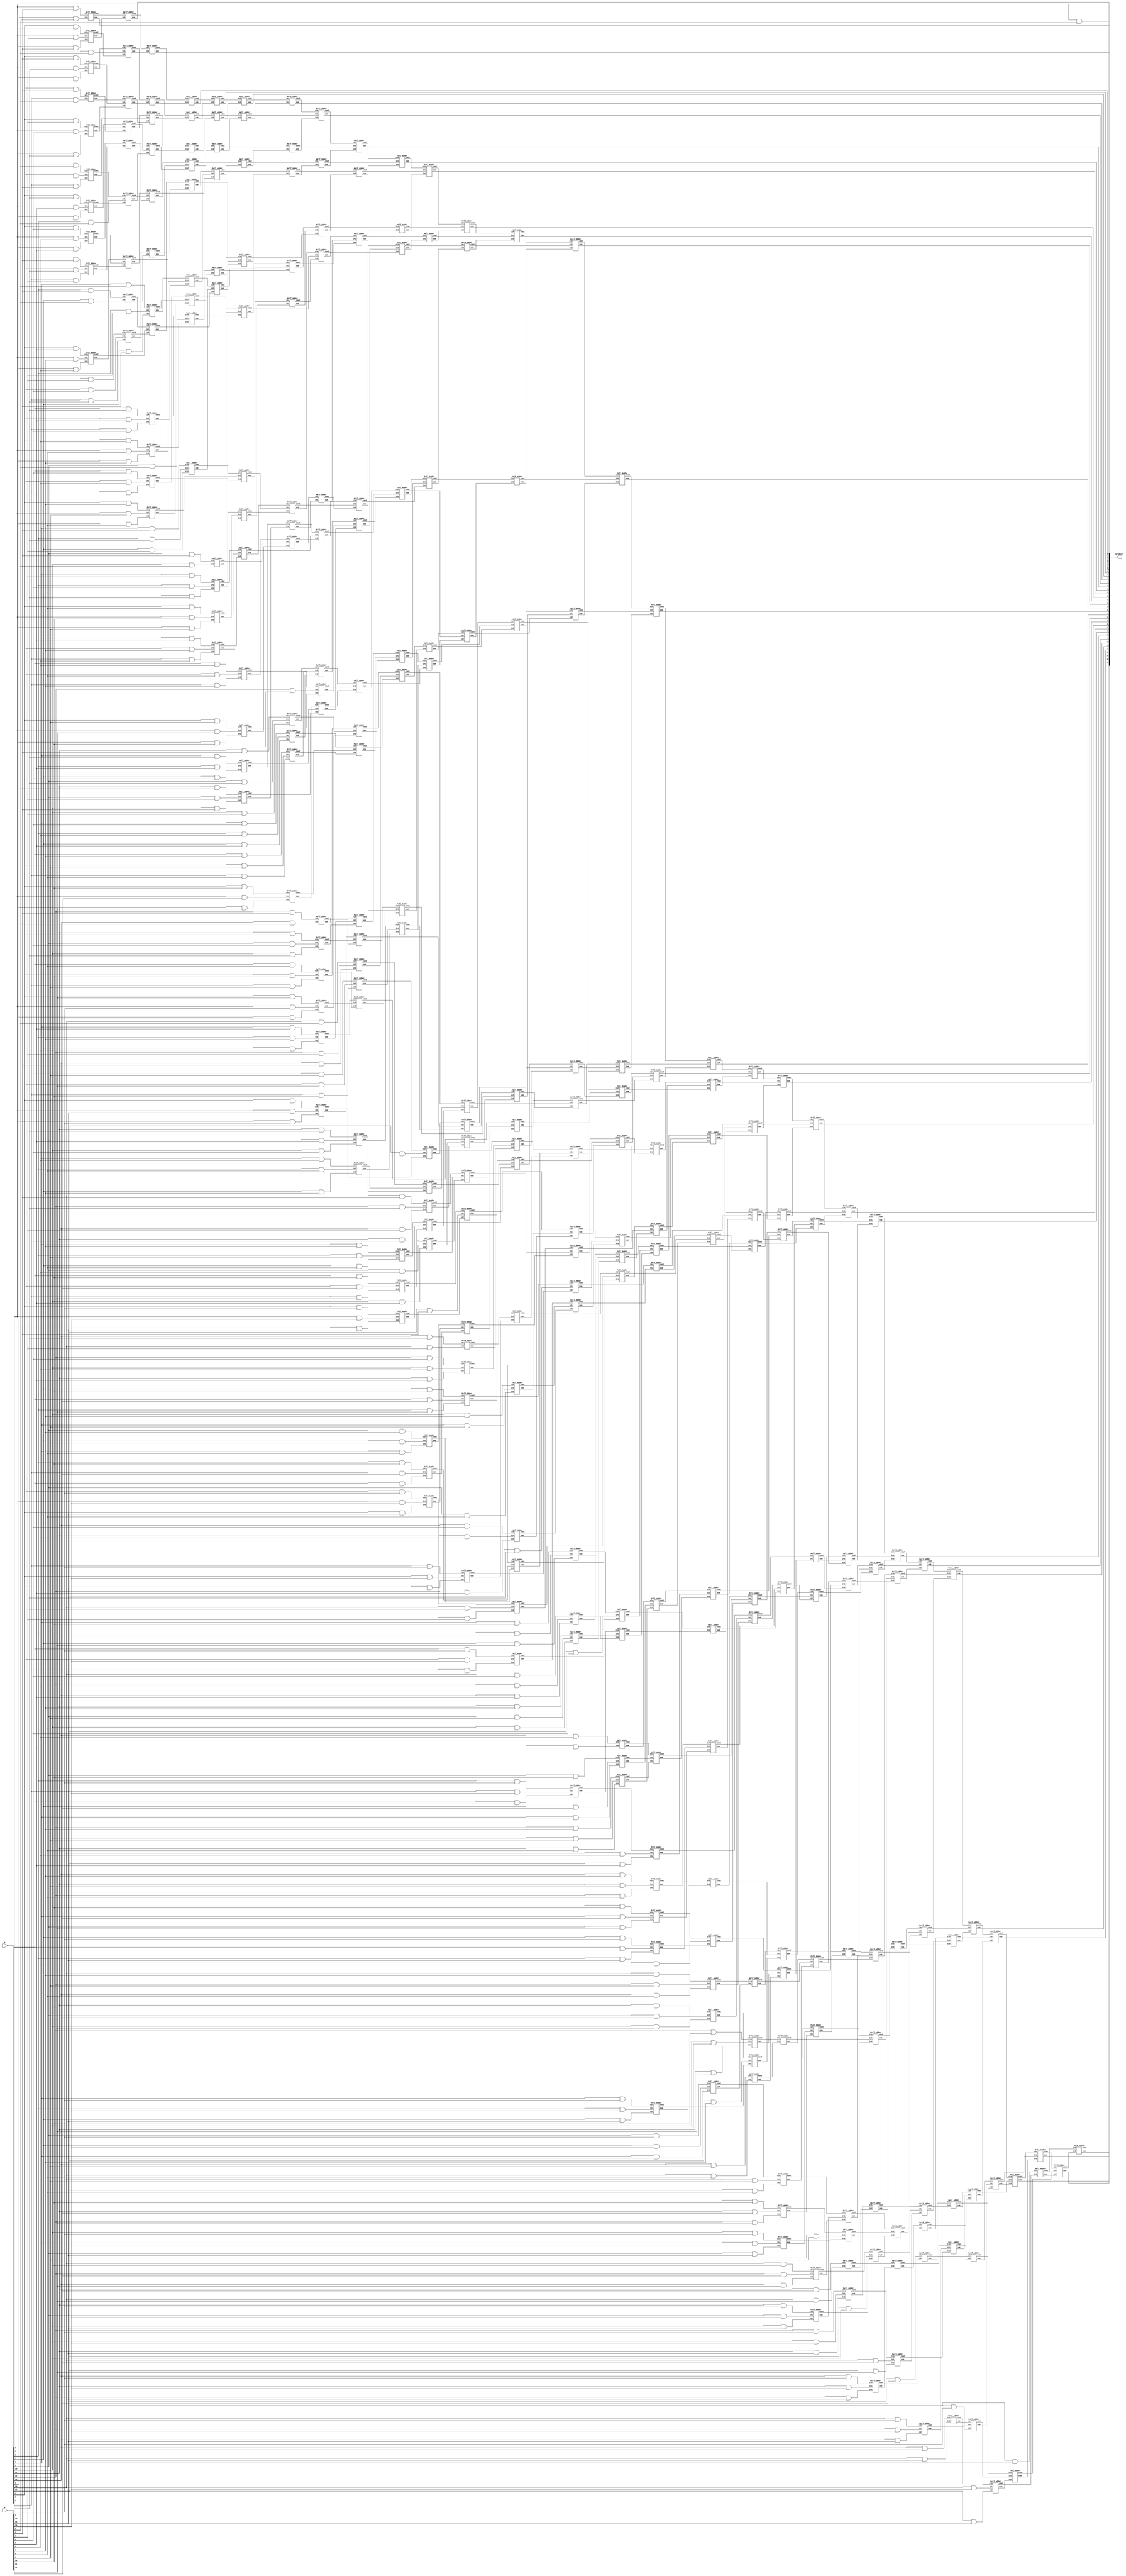
module wallace_unsigned_multiplier_RCA_16(product, A, B);
    input [15:0] A, B;
    output [31:0] product;

wire [15:0] pp0, pp1, pp2, pp3, pp4, pp5, pp6, pp7, pp8, pp9, pp10, pp11, pp12, pp13, pp14, pp15;

assign pp0[0] = A[0] & B[0];
assign pp0[1] = A[0] & B[1];
assign pp0[2] = A[0] & B[2];
assign pp0[3] = A[0] & B[3];
assign pp0[4] = A[0] & B[4];
assign pp0[5] = A[0] & B[5];
assign pp0[6] = A[0] & B[6];
assign pp0[7] = A[0] & B[7];
assign pp0[8] = A[0] & B[8];
assign pp0[9] = A[0] & B[9];
assign pp0[10] = A[0] & B[10];
assign pp0[11] = A[0] & B[11];
assign pp0[12] = A[0] & B[12];
assign pp0[13] = A[0] & B[13];
assign pp0[14] = A[0] & B[14];
assign pp0[15] = A[0] & B[15];
assign pp1[0] = A[1] & B[0];
assign pp1[1] = A[1] & B[1];
assign pp1[2] = A[1] & B[2];
assign pp1[3] = A[1] & B[3];
assign pp1[4] = A[1] & B[4];
assign pp1[5] = A[1] & B[5];
assign pp1[6] = A[1] & B[6];
assign pp1[7] = A[1] & B[7];
assign pp1[8] = A[1] & B[8];
assign pp1[9] = A[1] & B[9];
assign pp1[10] = A[1] & B[10];
assign pp1[11] = A[1] & B[11];
assign pp1[12] = A[1] & B[12];
assign pp1[13] = A[1] & B[13];
assign pp1[14] = A[1] & B[14];
assign pp1[15] = A[1] & B[15];
assign pp2[0] = A[2] & B[0];
assign pp2[1] = A[2] & B[1];
assign pp2[2] = A[2] & B[2];
assign pp2[3] = A[2] & B[3];
assign pp2[4] = A[2] & B[4];
assign pp2[5] = A[2] & B[5];
assign pp2[6] = A[2] & B[6];
assign pp2[7] = A[2] & B[7];
assign pp2[8] = A[2] & B[8];
assign pp2[9] = A[2] & B[9];
assign pp2[10] = A[2] & B[10];
assign pp2[11] = A[2] & B[11];
assign pp2[12] = A[2] & B[12];
assign pp2[13] = A[2] & B[13];
assign pp2[14] = A[2] & B[14];
assign pp2[15] = A[2] & B[15];
assign pp3[0] = A[3] & B[0];
assign pp3[1] = A[3] & B[1];
assign pp3[2] = A[3] & B[2];
assign pp3[3] = A[3] & B[3];
assign pp3[4] = A[3] & B[4];
assign pp3[5] = A[3] & B[5];
assign pp3[6] = A[3] & B[6];
assign pp3[7] = A[3] & B[7];
assign pp3[8] = A[3] & B[8];
assign pp3[9] = A[3] & B[9];
assign pp3[10] = A[3] & B[10];
assign pp3[11] = A[3] & B[11];
assign pp3[12] = A[3] & B[12];
assign pp3[13] = A[3] & B[13];
assign pp3[14] = A[3] & B[14];
assign pp3[15] = A[3] & B[15];
assign pp4[0] = A[4] & B[0];
assign pp4[1] = A[4] & B[1];
assign pp4[2] = A[4] & B[2];
assign pp4[3] = A[4] & B[3];
assign pp4[4] = A[4] & B[4];
assign pp4[5] = A[4] & B[5];
assign pp4[6] = A[4] & B[6];
assign pp4[7] = A[4] & B[7];
assign pp4[8] = A[4] & B[8];
assign pp4[9] = A[4] & B[9];
assign pp4[10] = A[4] & B[10];
assign pp4[11] = A[4] & B[11];
assign pp4[12] = A[4] & B[12];
assign pp4[13] = A[4] & B[13];
assign pp4[14] = A[4] & B[14];
assign pp4[15] = A[4] & B[15];
assign pp5[0] = A[5] & B[0];
assign pp5[1] = A[5] & B[1];
assign pp5[2] = A[5] & B[2];
assign pp5[3] = A[5] & B[3];
assign pp5[4] = A[5] & B[4];
assign pp5[5] = A[5] & B[5];
assign pp5[6] = A[5] & B[6];
assign pp5[7] = A[5] & B[7];
assign pp5[8] = A[5] & B[8];
assign pp5[9] = A[5] & B[9];
assign pp5[10] = A[5] & B[10];
assign pp5[11] = A[5] & B[11];
assign pp5[12] = A[5] & B[12];
assign pp5[13] = A[5] & B[13];
assign pp5[14] = A[5] & B[14];
assign pp5[15] = A[5] & B[15];
assign pp6[0] = A[6] & B[0];
assign pp6[1] = A[6] & B[1];
assign pp6[2] = A[6] & B[2];
assign pp6[3] = A[6] & B[3];
assign pp6[4] = A[6] & B[4];
assign pp6[5] = A[6] & B[5];
assign pp6[6] = A[6] & B[6];
assign pp6[7] = A[6] & B[7];
assign pp6[8] = A[6] & B[8];
assign pp6[9] = A[6] & B[9];
assign pp6[10] = A[6] & B[10];
assign pp6[11] = A[6] & B[11];
assign pp6[12] = A[6] & B[12];
assign pp6[13] = A[6] & B[13];
assign pp6[14] = A[6] & B[14];
assign pp6[15] = A[6] & B[15];
assign pp7[0] = A[7] & B[0];
assign pp7[1] = A[7] & B[1];
assign pp7[2] = A[7] & B[2];
assign pp7[3] = A[7] & B[3];
assign pp7[4] = A[7] & B[4];
assign pp7[5] = A[7] & B[5];
assign pp7[6] = A[7] & B[6];
assign pp7[7] = A[7] & B[7];
assign pp7[8] = A[7] & B[8];
assign pp7[9] = A[7] & B[9];
assign pp7[10] = A[7] & B[10];
assign pp7[11] = A[7] & B[11];
assign pp7[12] = A[7] & B[12];
assign pp7[13] = A[7] & B[13];
assign pp7[14] = A[7] & B[14];
assign pp7[15] = A[7] & B[15];
assign pp8[0] = A[8] & B[0];
assign pp8[1] = A[8] & B[1];
assign pp8[2] = A[8] & B[2];
assign pp8[3] = A[8] & B[3];
assign pp8[4] = A[8] & B[4];
assign pp8[5] = A[8] & B[5];
assign pp8[6] = A[8] & B[6];
assign pp8[7] = A[8] & B[7];
assign pp8[8] = A[8] & B[8];
assign pp8[9] = A[8] & B[9];
assign pp8[10] = A[8] & B[10];
assign pp8[11] = A[8] & B[11];
assign pp8[12] = A[8] & B[12];
assign pp8[13] = A[8] & B[13];
assign pp8[14] = A[8] & B[14];
assign pp8[15] = A[8] & B[15];
assign pp9[0] = A[9] & B[0];
assign pp9[1] = A[9] & B[1];
assign pp9[2] = A[9] & B[2];
assign pp9[3] = A[9] & B[3];
assign pp9[4] = A[9] & B[4];
assign pp9[5] = A[9] & B[5];
assign pp9[6] = A[9] & B[6];
assign pp9[7] = A[9] & B[7];
assign pp9[8] = A[9] & B[8];
assign pp9[9] = A[9] & B[9];
assign pp9[10] = A[9] & B[10];
assign pp9[11] = A[9] & B[11];
assign pp9[12] = A[9] & B[12];
assign pp9[13] = A[9] & B[13];
assign pp9[14] = A[9] & B[14];
assign pp9[15] = A[9] & B[15];
assign pp10[0] = A[10] & B[0];
assign pp10[1] = A[10] & B[1];
assign pp10[2] = A[10] & B[2];
assign pp10[3] = A[10] & B[3];
assign pp10[4] = A[10] & B[4];
assign pp10[5] = A[10] & B[5];
assign pp10[6] = A[10] & B[6];
assign pp10[7] = A[10] & B[7];
assign pp10[8] = A[10] & B[8];
assign pp10[9] = A[10] & B[9];
assign pp10[10] = A[10] & B[10];
assign pp10[11] = A[10] & B[11];
assign pp10[12] = A[10] & B[12];
assign pp10[13] = A[10] & B[13];
assign pp10[14] = A[10] & B[14];
assign pp10[15] = A[10] & B[15];
assign pp11[0] = A[11] & B[0];
assign pp11[1] = A[11] & B[1];
assign pp11[2] = A[11] & B[2];
assign pp11[3] = A[11] & B[3];
assign pp11[4] = A[11] & B[4];
assign pp11[5] = A[11] & B[5];
assign pp11[6] = A[11] & B[6];
assign pp11[7] = A[11] & B[7];
assign pp11[8] = A[11] & B[8];
assign pp11[9] = A[11] & B[9];
assign pp11[10] = A[11] & B[10];
assign pp11[11] = A[11] & B[11];
assign pp11[12] = A[11] & B[12];
assign pp11[13] = A[11] & B[13];
assign pp11[14] = A[11] & B[14];
assign pp11[15] = A[11] & B[15];
assign pp12[0] = A[12] & B[0];
assign pp12[1] = A[12] & B[1];
assign pp12[2] = A[12] & B[2];
assign pp12[3] = A[12] & B[3];
assign pp12[4] = A[12] & B[4];
assign pp12[5] = A[12] & B[5];
assign pp12[6] = A[12] & B[6];
assign pp12[7] = A[12] & B[7];
assign pp12[8] = A[12] & B[8];
assign pp12[9] = A[12] & B[9];
assign pp12[10] = A[12] & B[10];
assign pp12[11] = A[12] & B[11];
assign pp12[12] = A[12] & B[12];
assign pp12[13] = A[12] & B[13];
assign pp12[14] = A[12] & B[14];
assign pp12[15] = A[12] & B[15];
assign pp13[0] = A[13] & B[0];
assign pp13[1] = A[13] & B[1];
assign pp13[2] = A[13] & B[2];
assign pp13[3] = A[13] & B[3];
assign pp13[4] = A[13] & B[4];
assign pp13[5] = A[13] & B[5];
assign pp13[6] = A[13] & B[6];
assign pp13[7] = A[13] & B[7];
assign pp13[8] = A[13] & B[8];
assign pp13[9] = A[13] & B[9];
assign pp13[10] = A[13] & B[10];
assign pp13[11] = A[13] & B[11];
assign pp13[12] = A[13] & B[12];
assign pp13[13] = A[13] & B[13];
assign pp13[14] = A[13] & B[14];
assign pp13[15] = A[13] & B[15];
assign pp14[0] = A[14] & B[0];
assign pp14[1] = A[14] & B[1];
assign pp14[2] = A[14] & B[2];
assign pp14[3] = A[14] & B[3];
assign pp14[4] = A[14] & B[4];
assign pp14[5] = A[14] & B[5];
assign pp14[6] = A[14] & B[6];
assign pp14[7] = A[14] & B[7];
assign pp14[8] = A[14] & B[8];
assign pp14[9] = A[14] & B[9];
assign pp14[10] = A[14] & B[10];
assign pp14[11] = A[14] & B[11];
assign pp14[12] = A[14] & B[12];
assign pp14[13] = A[14] & B[13];
assign pp14[14] = A[14] & B[14];
assign pp14[15] = A[14] & B[15];
assign pp15[0] = A[15] & B[0];
assign pp15[1] = A[15] & B[1];
assign pp15[2] = A[15] & B[2];
assign pp15[3] = A[15] & B[3];
assign pp15[4] = A[15] & B[4];
assign pp15[5] = A[15] & B[5];
assign pp15[6] = A[15] & B[6];
assign pp15[7] = A[15] & B[7];
assign pp15[8] = A[15] & B[8];
assign pp15[9] = A[15] & B[9];
assign pp15[10] = A[15] & B[10];
assign pp15[11] = A[15] & B[11];
assign pp15[12] = A[15] & B[12];
assign pp15[13] = A[15] & B[13];
assign pp15[14] = A[15] & B[14];
assign pp15[15] = A[15] & B[15];

wire [276:0] S;
wire [276:0] Cout;

Half_Adder HA1 (pp0[1], pp1[0], S[0], Cout[0]);
Full_Adder FA2 (pp0[2], pp1[1], pp2[0], S[1], Cout[1]);
Full_Adder FA3 (pp0[3], pp1[2], pp2[1], S[2], Cout[2]);
Full_Adder FA4 (pp0[4], pp1[3], pp2[2], S[3], Cout[3]);
Half_Adder HA5 (pp3[1], pp4[0], S[4], Cout[4]);
Full_Adder FA6 (pp0[5], pp1[4], pp2[3], S[5], Cout[5]);
Full_Adder FA7 (pp3[2], pp4[1], pp5[0], S[6], Cout[6]);
Full_Adder FA8 (pp0[6], pp1[5], pp2[4], S[7], Cout[7]);
Full_Adder FA9 (pp3[3], pp4[2], pp5[1], S[8], Cout[8]);
Full_Adder FA10 (pp0[7], pp1[6], pp2[5], S[9], Cout[9]);
Full_Adder FA11 (pp3[4], pp4[3], pp5[2], S[10], Cout[10]);
Half_Adder HA12 (pp6[1], pp7[0], S[11], Cout[11]);
Full_Adder FA13 (pp0[8], pp1[7], pp2[6], S[12], Cout[12]);
Full_Adder FA14 (pp3[5], pp4[4], pp5[3], S[13], Cout[13]);
Full_Adder FA15 (pp6[2], pp7[1], pp8[0], S[14], Cout[14]);
Full_Adder FA16 (pp0[9], pp1[8], pp2[7], S[15], Cout[15]);
Full_Adder FA17 (pp3[6], pp4[5], pp5[4], S[16], Cout[16]);
Full_Adder FA18 (pp6[3], pp7[2], pp8[1], S[17], Cout[17]);
Full_Adder FA19 (pp0[10], pp1[9], pp2[8], S[18], Cout[18]);
Full_Adder FA20 (pp3[7], pp4[6], pp5[5], S[19], Cout[19]);
Full_Adder FA21 (pp6[4], pp7[3], pp8[2], S[20], Cout[20]);
Half_Adder HA22 (pp9[1], pp10[0], S[21], Cout[21]);
Full_Adder FA23 (pp0[11], pp1[10], pp2[9], S[22], Cout[22]);
Full_Adder FA24 (pp3[8], pp4[7], pp5[6], S[23], Cout[23]);
Full_Adder FA25 (pp6[5], pp7[4], pp8[3], S[24], Cout[24]);
Full_Adder FA26 (pp9[2], pp10[1], pp11[0], S[25], Cout[25]);
Full_Adder FA27 (pp0[12], pp1[11], pp2[10], S[26], Cout[26]);
Full_Adder FA28 (pp3[9], pp4[8], pp5[7], S[27], Cout[27]);
Full_Adder FA29 (pp6[6], pp7[5], pp8[4], S[28], Cout[28]);
Full_Adder FA30 (pp9[3], pp10[2], pp11[1], S[29], Cout[29]);
Full_Adder FA31 (pp0[13], pp1[12], pp2[11], S[30], Cout[30]);
Full_Adder FA32 (pp3[10], pp4[9], pp5[8], S[31], Cout[31]);
Full_Adder FA33 (pp6[7], pp7[6], pp8[5], S[32], Cout[32]);
Full_Adder FA34 (pp9[4], pp10[3], pp11[2], S[33], Cout[33]);
Half_Adder HA35 (pp12[1], pp13[0], S[34], Cout[34]);
Full_Adder FA36 (pp0[14], pp1[13], pp2[12], S[35], Cout[35]);
Full_Adder FA37 (pp3[11], pp4[10], pp5[9], S[36], Cout[36]);
Full_Adder FA38 (pp6[8], pp7[7], pp8[6], S[37], Cout[37]);
Full_Adder FA39 (pp9[5], pp10[4], pp11[3], S[38], Cout[38]);
Full_Adder FA40 (pp12[2], pp13[1], pp14[0], S[39], Cout[39]);
Full_Adder FA41 (pp0[15], pp1[14], pp2[13], S[40], Cout[40]);
Full_Adder FA42 (pp3[12], pp4[11], pp5[10], S[41], Cout[41]);
Full_Adder FA43 (pp6[9], pp7[8], pp8[7], S[42], Cout[42]);
Full_Adder FA44 (pp9[6], pp10[5], pp11[4], S[43], Cout[43]);
Full_Adder FA45 (pp12[3], pp13[2], pp14[1], S[44], Cout[44]);
Full_Adder FA46 (pp1[15], pp2[14], pp3[13], S[45], Cout[45]);
Full_Adder FA47 (pp4[12], pp5[11], pp6[10], S[46], Cout[46]);
Full_Adder FA48 (pp7[9], pp8[8], pp9[7], S[47], Cout[47]);
Full_Adder FA49 (pp10[6], pp11[5], pp12[4], S[48], Cout[48]);
Half_Adder HA50 (pp13[3], pp14[2], S[49], Cout[49]);
Full_Adder FA51 (pp2[15], pp3[14], pp4[13], S[50], Cout[50]);
Full_Adder FA52 (pp5[12], pp6[11], pp7[10], S[51], Cout[51]);
Full_Adder FA53 (pp8[9], pp9[8], pp10[7], S[52], Cout[52]);
Full_Adder FA54 (pp11[6], pp12[5], pp13[4], S[53], Cout[53]);
Full_Adder FA55 (pp3[15], pp4[14], pp5[13], S[54], Cout[54]);
Full_Adder FA56 (pp6[12], pp7[11], pp8[10], S[55], Cout[55]);
Full_Adder FA57 (pp9[9], pp10[8], pp11[7], S[56], Cout[56]);
Full_Adder FA58 (pp12[6], pp13[5], pp14[4], S[57], Cout[57]);
Full_Adder FA59 (pp4[15], pp5[14], pp6[13], S[58], Cout[58]);
Full_Adder FA60 (pp7[12], pp8[11], pp9[10], S[59], Cout[59]);
Full_Adder FA61 (pp10[9], pp11[8], pp12[7], S[60], Cout[60]);
Half_Adder HA62 (pp13[6], pp14[5], S[61], Cout[61]);
Full_Adder FA63 (pp5[15], pp6[14], pp7[13], S[62], Cout[62]);
Full_Adder FA64 (pp8[12], pp9[11], pp10[10], S[63], Cout[63]);
Full_Adder FA65 (pp11[9], pp12[8], pp13[7], S[64], Cout[64]);
Full_Adder FA66 (pp6[15], pp7[14], pp8[13], S[65], Cout[65]);
Full_Adder FA67 (pp9[12], pp10[11], pp11[10], S[66], Cout[66]);
Full_Adder FA68 (pp12[9], pp13[8], pp14[7], S[67], Cout[67]);
Full_Adder FA69 (pp7[15], pp8[14], pp9[13], S[68], Cout[68]);
Full_Adder FA70 (pp10[12], pp11[11], pp12[10], S[69], Cout[69]);
Half_Adder HA71 (pp13[9], pp14[8], S[70], Cout[70]);
Full_Adder FA72 (pp8[15], pp9[14], pp10[13], S[71], Cout[71]);
Full_Adder FA73 (pp11[12], pp12[11], pp13[10], S[72], Cout[72]);
Full_Adder FA74 (pp9[15], pp10[14], pp11[13], S[73], Cout[73]);
Full_Adder FA75 (pp12[12], pp13[11], pp14[10], S[74], Cout[74]);
Full_Adder FA76 (pp10[15], pp11[14], pp12[13], S[75], Cout[75]);
Half_Adder HA77 (pp13[12], pp14[11], S[76], Cout[76]);
Full_Adder FA78 (pp11[15], pp12[14], pp13[13], S[77], Cout[77]);
Full_Adder FA79 (pp12[15], pp13[14], pp14[13], S[78], Cout[78]);
Half_Adder HA80 (pp13[15], pp14[14], S[79], Cout[79]);
Half_Adder HA81 (Cout[0], S[1], S[80], Cout[80]);
Full_Adder FA82 (pp3[0], Cout[1], S[2], S[81], Cout[81]);
Full_Adder FA83 (Cout[2], S[3], S[4], S[82], Cout[82]);
Full_Adder FA84 (Cout[3], Cout[4], S[5], S[83], Cout[83]);
Full_Adder FA85 (pp6[0], Cout[5], Cout[6], S[84], Cout[84]);
Half_Adder HA86 (S[7], S[8], S[85], Cout[85]);
Full_Adder FA87 (Cout[7], Cout[8], S[9], S[86], Cout[86]);
Half_Adder HA88 (S[10], S[11], S[87], Cout[87]);
Full_Adder FA89 (Cout[9], Cout[10], Cout[11], S[88], Cout[88]);
Full_Adder FA90 (S[12], S[13], S[14], S[89], Cout[89]);
Full_Adder FA91 (pp9[0], Cout[12], Cout[13], S[90], Cout[90]);
Full_Adder FA92 (Cout[14], S[15], S[16], S[91], Cout[91]);
Full_Adder FA93 (Cout[15], Cout[16], Cout[17], S[92], Cout[92]);
Full_Adder FA94 (S[18], S[19], S[20], S[93], Cout[93]);
Full_Adder FA95 (Cout[18], Cout[19], Cout[20], S[94], Cout[94]);
Full_Adder FA96 (Cout[21], S[22], S[23], S[95], Cout[95]);
Half_Adder HA97 (S[24], S[25], S[96], Cout[96]);
Full_Adder FA98 (pp12[0], Cout[22], Cout[23], S[97], Cout[97]);
Full_Adder FA99 (Cout[24], Cout[25], S[26], S[98], Cout[98]);
Full_Adder FA100 (S[27], S[28], S[29], S[99], Cout[99]);
Full_Adder FA101 (Cout[26], Cout[27], Cout[28], S[100], Cout[100]);
Full_Adder FA102 (Cout[29], S[30], S[31], S[101], Cout[101]);
Full_Adder FA103 (S[32], S[33], S[34], S[102], Cout[102]);
Full_Adder FA104 (Cout[30], Cout[31], Cout[32], S[103], Cout[103]);
Full_Adder FA105 (Cout[33], Cout[34], S[35], S[104], Cout[104]);
Full_Adder FA106 (S[36], S[37], S[38], S[105], Cout[105]);
Full_Adder FA107 (pp15[0], Cout[35], Cout[36], S[106], Cout[106]);
Full_Adder FA108 (Cout[37], Cout[38], Cout[39], S[107], Cout[107]);
Full_Adder FA109 (S[40], S[41], S[42], S[108], Cout[108]);
Full_Adder FA110 (pp15[1], Cout[40], Cout[41], S[109], Cout[109]);
Full_Adder FA111 (Cout[42], Cout[43], Cout[44], S[110], Cout[110]);
Full_Adder FA112 (S[45], S[46], S[47], S[111], Cout[111]);
Full_Adder FA113 (pp14[3], pp15[2], Cout[45], S[112], Cout[112]);
Full_Adder FA114 (Cout[46], Cout[47], Cout[48], S[113], Cout[113]);
Full_Adder FA115 (Cout[49], S[50], S[51], S[114], Cout[114]);
Full_Adder FA116 (pp15[3], Cout[50], Cout[51], S[115], Cout[115]);
Full_Adder FA117 (Cout[52], Cout[53], S[54], S[116], Cout[116]);
Full_Adder FA118 (pp15[4], Cout[54], Cout[55], S[117], Cout[117]);
Full_Adder FA119 (Cout[56], Cout[57], S[58], S[118], Cout[118]);
Full_Adder FA120 (pp14[6], pp15[5], Cout[58], S[119], Cout[119]);
Full_Adder FA121 (Cout[59], Cout[60], Cout[61], S[120], Cout[120]);
Full_Adder FA122 (pp15[6], Cout[62], Cout[63], S[121], Cout[121]);
Half_Adder HA123 (Cout[64], S[65], S[122], Cout[122]);
Full_Adder FA124 (pp15[7], Cout[65], Cout[66], S[123], Cout[123]);
Half_Adder HA125 (Cout[67], S[68], S[124], Cout[124]);
Full_Adder FA126 (pp14[9], pp15[8], Cout[68], S[125], Cout[125]);
Half_Adder HA127 (Cout[69], Cout[70], S[126], Cout[126]);
Full_Adder FA128 (pp15[9], Cout[71], Cout[72], S[127], Cout[127]);
Full_Adder FA129 (pp15[10], Cout[73], Cout[74], S[128], Cout[128]);
Full_Adder FA130 (pp14[12], pp15[11], Cout[75], S[129], Cout[129]);
Half_Adder HA131 (Cout[80], S[81], S[130], Cout[130]);
Half_Adder HA132 (Cout[81], S[82], S[131], Cout[131]);
Full_Adder FA133 (S[6], Cout[82], S[83], S[132], Cout[132]);
Full_Adder FA134 (Cout[83], S[84], S[85], S[133], Cout[133]);
Full_Adder FA135 (Cout[84], Cout[85], S[86], S[134], Cout[134]);
Full_Adder FA136 (Cout[86], Cout[87], S[88], S[135], Cout[135]);
Full_Adder FA137 (S[17], Cout[88], Cout[89], S[136], Cout[136]);
Half_Adder HA138 (S[90], S[91], S[137], Cout[137]);
Full_Adder FA139 (S[21], Cout[90], Cout[91], S[138], Cout[138]);
Half_Adder HA140 (S[92], S[93], S[139], Cout[139]);
Full_Adder FA141 (Cout[92], Cout[93], S[94], S[140], Cout[140]);
Half_Adder HA142 (S[95], S[96], S[141], Cout[141]);
Full_Adder FA143 (Cout[94], Cout[95], Cout[96], S[142], Cout[142]);
Full_Adder FA144 (S[97], S[98], S[99], S[143], Cout[143]);
Full_Adder FA145 (Cout[97], Cout[98], Cout[99], S[144], Cout[144]);
Full_Adder FA146 (S[100], S[101], S[102], S[145], Cout[145]);
Full_Adder FA147 (S[39], Cout[100], Cout[101], S[146], Cout[146]);
Full_Adder FA148 (Cout[102], S[103], S[104], S[147], Cout[147]);
Full_Adder FA149 (S[43], S[44], Cout[103], S[148], Cout[148]);
Full_Adder FA150 (Cout[104], Cout[105], S[106], S[149], Cout[149]);
Full_Adder FA151 (S[48], S[49], Cout[106], S[150], Cout[150]);
Full_Adder FA152 (Cout[107], Cout[108], S[109], S[151], Cout[151]);
Full_Adder FA153 (S[52], S[53], Cout[109], S[152], Cout[152]);
Full_Adder FA154 (Cout[110], Cout[111], S[112], S[153], Cout[153]);
Full_Adder FA155 (S[55], S[56], S[57], S[154], Cout[154]);
Full_Adder FA156 (Cout[112], Cout[113], Cout[114], S[155], Cout[155]);
Full_Adder FA157 (S[59], S[60], S[61], S[156], Cout[156]);
Half_Adder HA158 (Cout[115], Cout[116], S[157], Cout[157]);
Full_Adder FA159 (S[62], S[63], S[64], S[158], Cout[158]);
Half_Adder HA160 (Cout[117], Cout[118], S[159], Cout[159]);
Full_Adder FA161 (S[66], S[67], Cout[119], S[160], Cout[160]);
Full_Adder FA162 (S[69], S[70], Cout[121], S[161], Cout[161]);
Full_Adder FA163 (S[71], S[72], Cout[123], S[162], Cout[162]);
Full_Adder FA164 (S[73], S[74], Cout[125], S[163], Cout[163]);
Half_Adder HA165 (S[75], S[76], S[164], Cout[164]);
Half_Adder HA166 (Cout[76], S[77], S[165], Cout[165]);
Half_Adder HA167 (pp15[12], Cout[77], S[166], Cout[166]);
Half_Adder HA168 (Cout[130], S[131], S[167], Cout[167]);
Half_Adder HA169 (Cout[131], S[132], S[168], Cout[168]);
Half_Adder HA170 (Cout[132], S[133], S[169], Cout[169]);
Full_Adder FA171 (S[87], Cout[133], S[134], S[170], Cout[170]);
Full_Adder FA172 (S[89], Cout[134], S[135], S[171], Cout[171]);
Full_Adder FA173 (Cout[135], S[136], S[137], S[172], Cout[172]);
Full_Adder FA174 (Cout[136], Cout[137], S[138], S[173], Cout[173]);
Full_Adder FA175 (Cout[138], Cout[139], S[140], S[174], Cout[174]);
Full_Adder FA176 (Cout[140], Cout[141], S[142], S[175], Cout[175]);
Full_Adder FA177 (Cout[142], Cout[143], S[144], S[176], Cout[176]);
Full_Adder FA178 (S[105], Cout[144], Cout[145], S[177], Cout[177]);
Half_Adder HA179 (S[146], S[147], S[178], Cout[178]);
Full_Adder FA180 (S[107], S[108], Cout[146], S[179], Cout[179]);
Full_Adder FA181 (Cout[147], S[148], S[149], S[180], Cout[180]);
Full_Adder FA182 (S[110], S[111], Cout[148], S[181], Cout[181]);
Full_Adder FA183 (Cout[149], S[150], S[151], S[182], Cout[182]);
Full_Adder FA184 (S[113], S[114], Cout[150], S[183], Cout[183]);
Full_Adder FA185 (Cout[151], S[152], S[153], S[184], Cout[184]);
Full_Adder FA186 (S[115], S[116], Cout[152], S[185], Cout[185]);
Full_Adder FA187 (Cout[153], S[154], S[155], S[186], Cout[186]);
Full_Adder FA188 (S[117], S[118], Cout[154], S[187], Cout[187]);
Full_Adder FA189 (Cout[155], S[156], S[157], S[188], Cout[188]);
Full_Adder FA190 (S[119], S[120], Cout[156], S[189], Cout[189]);
Full_Adder FA191 (Cout[157], S[158], S[159], S[190], Cout[190]);
Full_Adder FA192 (Cout[120], S[121], S[122], S[191], Cout[191]);
Full_Adder FA193 (Cout[158], Cout[159], S[160], S[192], Cout[192]);
Full_Adder FA194 (Cout[122], S[123], S[124], S[193], Cout[193]);
Half_Adder HA195 (Cout[160], S[161], S[194], Cout[194]);
Full_Adder FA196 (Cout[124], S[125], S[126], S[195], Cout[195]);
Half_Adder HA197 (Cout[161], S[162], S[196], Cout[196]);
Full_Adder FA198 (Cout[126], S[127], Cout[162], S[197], Cout[197]);
Full_Adder FA199 (Cout[127], S[128], Cout[163], S[198], Cout[198]);
Full_Adder FA200 (Cout[128], S[129], Cout[164], S[199], Cout[199]);
Full_Adder FA201 (S[78], Cout[129], Cout[165], S[200], Cout[200]);
Full_Adder FA202 (pp15[13], Cout[78], S[79], S[201], Cout[201]);
Full_Adder FA203 (pp14[15], pp15[14], Cout[79], S[202], Cout[202]);
Half_Adder HA204 (Cout[167], S[168], S[203], Cout[203]);
Half_Adder HA205 (Cout[168], S[169], S[204], Cout[204]);
Half_Adder HA206 (Cout[169], S[170], S[205], Cout[205]);
Half_Adder HA207 (Cout[170], S[171], S[206], Cout[206]);
Half_Adder HA208 (Cout[171], S[172], S[207], Cout[207]);
Full_Adder FA209 (S[139], Cout[172], S[173], S[208], Cout[208]);
Full_Adder FA210 (S[141], Cout[173], S[174], S[209], Cout[209]);
Full_Adder FA211 (S[143], Cout[174], S[175], S[210], Cout[210]);
Full_Adder FA212 (S[145], Cout[175], S[176], S[211], Cout[211]);
Full_Adder FA213 (Cout[176], S[177], S[178], S[212], Cout[212]);
Full_Adder FA214 (Cout[177], Cout[178], S[179], S[213], Cout[213]);
Full_Adder FA215 (Cout[179], Cout[180], S[181], S[214], Cout[214]);
Full_Adder FA216 (Cout[181], Cout[182], S[183], S[215], Cout[215]);
Full_Adder FA217 (Cout[183], Cout[184], S[185], S[216], Cout[216]);
Full_Adder FA218 (Cout[185], Cout[186], S[187], S[217], Cout[217]);
Full_Adder FA219 (Cout[187], Cout[188], S[189], S[218], Cout[218]);
Full_Adder FA220 (Cout[189], Cout[190], S[191], S[219], Cout[219]);
Full_Adder FA221 (Cout[191], Cout[192], S[193], S[220], Cout[220]);
Full_Adder FA222 (Cout[193], Cout[194], S[195], S[221], Cout[221]);
Full_Adder FA223 (S[163], Cout[195], Cout[196], S[222], Cout[222]);
Half_Adder HA224 (S[164], Cout[197], S[223], Cout[223]);
Half_Adder HA225 (S[165], Cout[198], S[224], Cout[224]);
Half_Adder HA226 (S[166], Cout[199], S[225], Cout[225]);
Half_Adder HA227 (Cout[166], Cout[200], S[226], Cout[226]);
Half_Adder HA228 (Cout[203], S[204], S[227], Cout[227]);
Half_Adder HA229 (Cout[204], S[205], S[228], Cout[228]);
Half_Adder HA230 (Cout[205], S[206], S[229], Cout[229]);
Half_Adder HA231 (Cout[206], S[207], S[230], Cout[230]);
Half_Adder HA232 (Cout[207], S[208], S[231], Cout[231]);
Half_Adder HA233 (Cout[208], S[209], S[232], Cout[232]);
Half_Adder HA234 (Cout[209], S[210], S[233], Cout[233]);
Half_Adder HA235 (Cout[210], S[211], S[234], Cout[234]);
Half_Adder HA236 (Cout[211], S[212], S[235], Cout[235]);
Full_Adder FA237 (S[180], Cout[212], S[213], S[236], Cout[236]);
Full_Adder FA238 (S[182], Cout[213], S[214], S[237], Cout[237]);
Full_Adder FA239 (S[184], Cout[214], S[215], S[238], Cout[238]);
Full_Adder FA240 (S[186], Cout[215], S[216], S[239], Cout[239]);
Full_Adder FA241 (S[188], Cout[216], S[217], S[240], Cout[240]);
Full_Adder FA242 (S[190], Cout[217], S[218], S[241], Cout[241]);
Full_Adder FA243 (S[192], Cout[218], S[219], S[242], Cout[242]);
Full_Adder FA244 (S[194], Cout[219], S[220], S[243], Cout[243]);
Full_Adder FA245 (S[196], Cout[220], S[221], S[244], Cout[244]);
Full_Adder FA246 (S[197], Cout[221], S[222], S[245], Cout[245]);
Full_Adder FA247 (S[198], Cout[222], S[223], S[246], Cout[246]);
Full_Adder FA248 (S[199], Cout[223], S[224], S[247], Cout[247]);
Full_Adder FA249 (S[200], Cout[224], S[225], S[248], Cout[248]);
Full_Adder FA250 (S[201], Cout[225], S[226], S[249], Cout[249]);
Full_Adder FA251 (Cout[201], S[202], Cout[226], S[250], Cout[250]);
Half_Adder HA252 (pp15[15], Cout[202], S[251], Cout[251]);
Half_Adder HA253 (Cout[227], S[228], S[252], Cout[252]);
Full_Adder FA254 (Cout[228], S[229], Cout[252], S[253], Cout[253]);
Full_Adder FA255 (Cout[229], S[230], Cout[253], S[254], Cout[254]);
Full_Adder FA256 (Cout[230], S[231], Cout[254], S[255], Cout[255]);
Full_Adder FA257 (Cout[231], S[232], Cout[255], S[256], Cout[256]);
Full_Adder FA258 (Cout[232], S[233], Cout[256], S[257], Cout[257]);
Full_Adder FA259 (Cout[233], S[234], Cout[257], S[258], Cout[258]);
Full_Adder FA260 (Cout[234], S[235], Cout[258], S[259], Cout[259]);
Full_Adder FA261 (Cout[235], S[236], Cout[259], S[260], Cout[260]);
Full_Adder FA262 (Cout[236], S[237], Cout[260], S[261], Cout[261]);
Full_Adder FA263 (Cout[237], S[238], Cout[261], S[262], Cout[262]);
Full_Adder FA264 (Cout[238], S[239], Cout[262], S[263], Cout[263]);
Full_Adder FA265 (Cout[239], S[240], Cout[263], S[264], Cout[264]);
Full_Adder FA266 (Cout[240], S[241], Cout[264], S[265], Cout[265]);
Full_Adder FA267 (Cout[241], S[242], Cout[265], S[266], Cout[266]);
Full_Adder FA268 (Cout[242], S[243], Cout[266], S[267], Cout[267]);
Full_Adder FA269 (Cout[243], S[244], Cout[267], S[268], Cout[268]);
Full_Adder FA270 (Cout[244], S[245], Cout[268], S[269], Cout[269]);
Full_Adder FA271 (Cout[245], S[246], Cout[269], S[270], Cout[270]);
Full_Adder FA272 (Cout[246], S[247], Cout[270], S[271], Cout[271]);
Full_Adder FA273 (Cout[247], S[248], Cout[271], S[272], Cout[272]);
Full_Adder FA274 (Cout[248], S[249], Cout[272], S[273], Cout[273]);
Full_Adder FA275 (Cout[249], S[250], Cout[273], S[274], Cout[274]);
Full_Adder FA276 (Cout[250], S[251], Cout[274], S[275], Cout[275]);
Half_Adder HA277 (Cout[251], Cout[275], S[276], Cout[276]);

assign product[31] = S[276];
assign product[30] = S[275];
assign product[29] = S[274];
assign product[28] = S[273];
assign product[27] = S[272];
assign product[26] = S[271];
assign product[25] = S[270];
assign product[24] = S[269];
assign product[23] = S[268];
assign product[22] = S[267];
assign product[21] = S[266];
assign product[20] = S[265];
assign product[19] = S[264];
assign product[18] = S[263];
assign product[17] = S[262];
assign product[16] = S[261];
assign product[15] = S[260];
assign product[14] = S[259];
assign product[13] = S[258];
assign product[12] = S[257];
assign product[11] = S[256];
assign product[10] = S[255];
assign product[9] = S[254];
assign product[8] = S[253];
assign product[7] = S[252];
assign product[6] = S[227];
assign product[5] = S[203];
assign product[4] = S[167];
assign product[3] = S[130];
assign product[2] = S[80];
assign product[1] = S[0];
assign product[0] = pp0[0];
endmodule

module Half_Adder(input wire in1,
                  input wire in2,
                  output wire sum,
                  output wire cout);
    xor(sum, in1, in2);
    and(cout, in1, in2);
endmodule

module Full_Adder(input wire in1,
                  input wire in2,
                  input wire cin,
                  output wire sum,
                  output wire cout);
    wire temp1;
    wire temp2;
    wire temp3;
    xor(sum, in1, in2, cin);
    and(temp1,in1,in2);
    and(temp2,in1,cin);
    and(temp3,in2,cin);
    or(cout,temp1,temp2,temp3);
endmodule